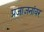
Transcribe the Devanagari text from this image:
प्रजाजनांवर